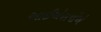
આઈએસપીએ